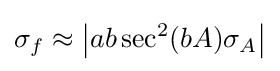
\sigma _{f}\approx \left|ab\sec ^{2}(bA)\sigma _{A}\right|